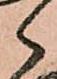
々